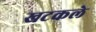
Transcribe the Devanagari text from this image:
खटकले